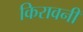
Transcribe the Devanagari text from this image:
किरावनी